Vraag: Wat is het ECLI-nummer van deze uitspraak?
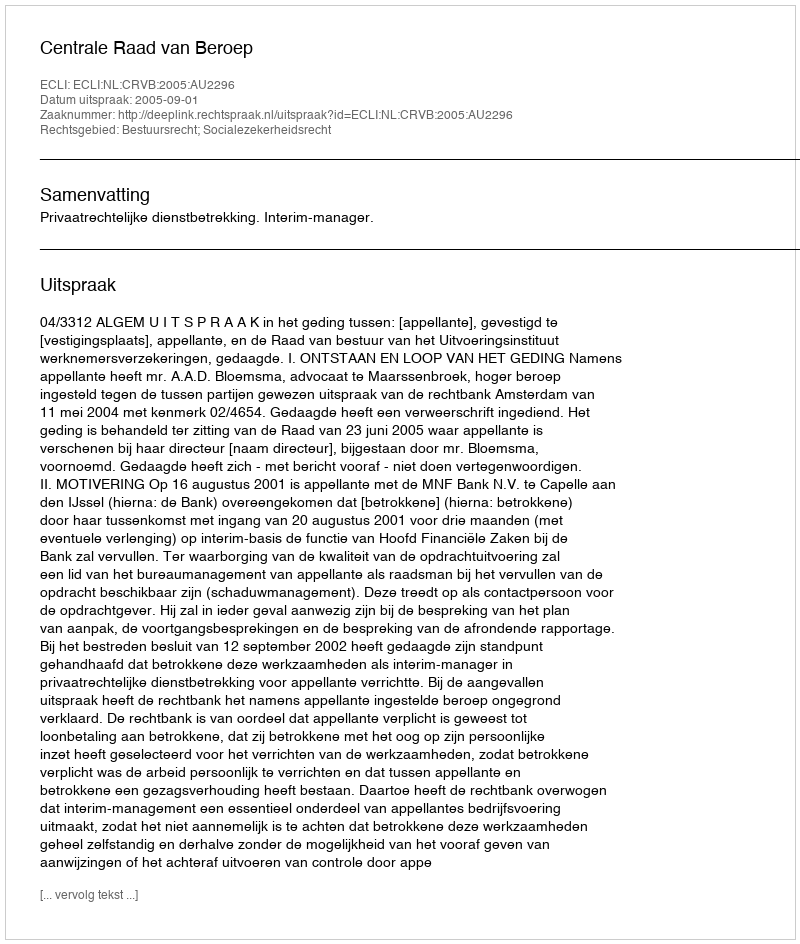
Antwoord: ECLI:NL:CRVB:2005:AU2296